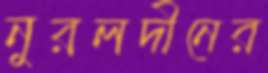
নুরলদীনের